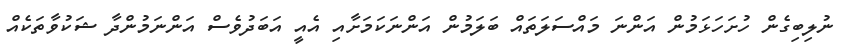
ނުލިބިގެން ހުށަހަޅަމުން އަންނަ މައްސަލަތައް ބަލަމުން އަންނަކަމަށާއި އެއީ އަބަދުވެސް އަންނަމުންދާ ޝަކުވާތަކެއް